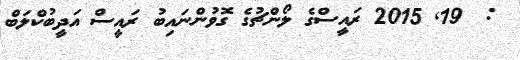
:  19